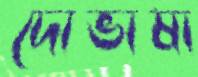
দোভাষা